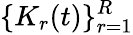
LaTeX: \{ K_{r}(t)\} _{r=1}^{R}